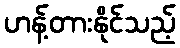
ဟန့်တားနိုင်သည့်